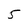
Character: 5